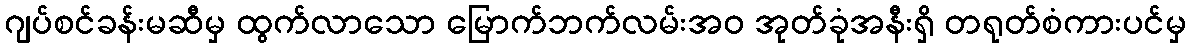
ဂျပ်စင်ခန်းမဆီမှ ထွက်လာသော မြောက်ဘက်လမ်းအဝ အုတ်ခုံအနီးရှိ တရုတ်စံကားပင်မှ